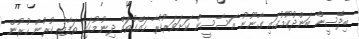
ބިދޭސީން ބަންދުކުމުގައި ގާނޫނު އަސާސީން ކަށަވަރުކުރާ ހައްގުތައް ދިނުމުގައި ތަފާތު ކުރުން ހުރުން